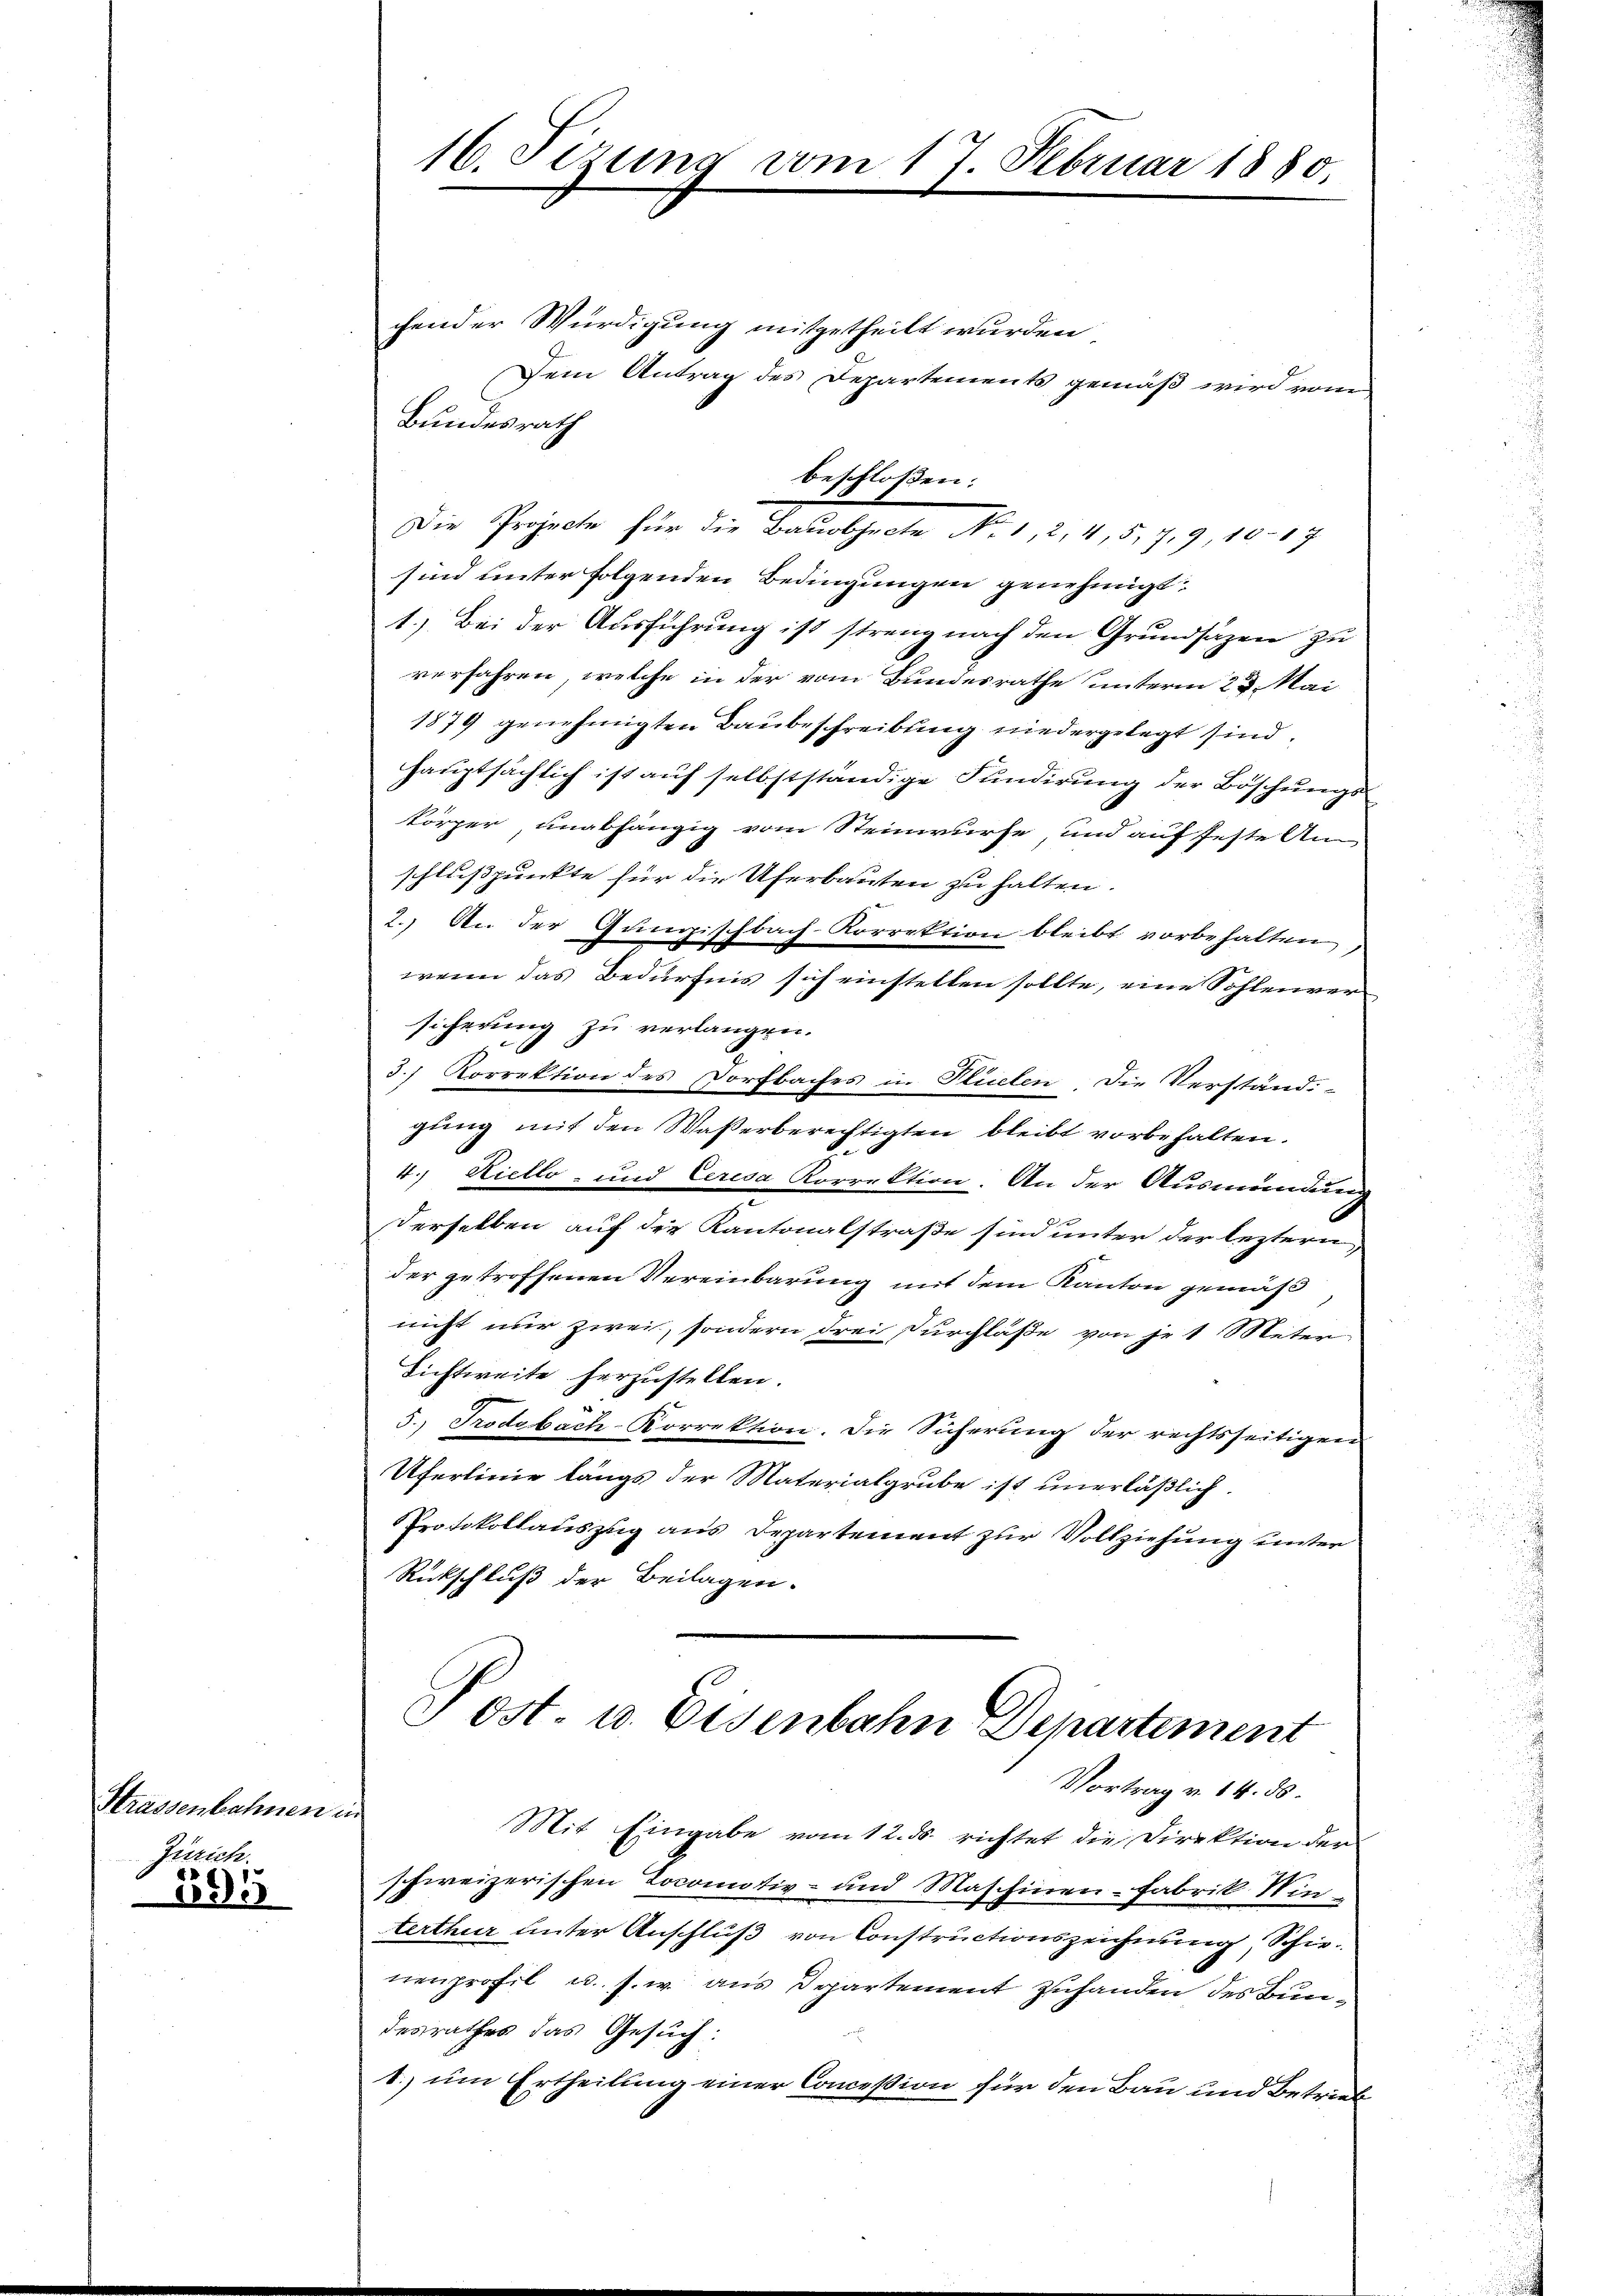
Hrassenbahnen in
Zürich.
4

185

16. Sizung vom 17. Februar 1880.

chender Würdigung mitgetheilt wurden
Dem Antrag des Departements gemäß wird vom
Bundesrath
Die Projecte für die Beurtheile No. 1. 2. 4. d. 7. 9, 10. 19
sind unter folgenden Bedingungen genehmigt.
1.) Bei der Aŭsführŭng ist streng nach den Grundsazen zu
verfahren, welche in der vom Bundesrathe unterm 23. Mai
1879 genehmigten Baubeschreibung niedergelegt sind.
hauptsächlich ist auf selbstständige Fundirung der Böschungs
körper, unabhängig vom Steinwürfe, und auf feste An-
schlußspunkte für die Uferbauten zu halten.
2.) An der Gumpischbach-Korrektion bleibt vorbehalten,
wenn das Bedürfnis sich einstellen sollte, eine Sohlenver
sicherung zu verlangen.
3. Korrektion des Dorfbaches in Hielen. Die Verstand-
gung mit den Wasserberechtigten bleibt vorbehalten.
4.) Hiello- und Ceresa Korrektion. An der Ausmündung
derselben auf der Kantonalstraße sind unter der leztern,
der getroffenen Vereinbarung mit dem Kanton gemäß
nicht nur zwei, sondern drei Durchlasse von je 1 Meter
Lichtweite herzustellen.
5.) Trodobach-Korrektion. Die Sicherung der rechtsseitigen
Uferlinie längs der Materialgrube ist unerläßlich
Protokollauszug aus Departement zur Vollziehung unter
Rückschluß der Beilagen.

beschlossen:

Post- u. Eisenbahn Departement

Vortrag v. 14. ds.
Mit Eingabe vom 12. ds. richtet die Direktion der
schweizerischen Tocomotiv- und Maschinen-Fabrik Winterthur unter Anschluß von Constructionszeichnung, Schienenprofil u. s. w. aus Departement Zuhanden des Bundesrathes das Gesuch:
1. um Ertheilung einer Conceßion für den Bau und Betrieb